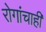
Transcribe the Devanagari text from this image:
रोगांचाही